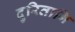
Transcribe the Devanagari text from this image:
दुरितानि